Bréfritari: Eiríkur Eiríksson
Viðtakandi: Jón Borgfirðings Jónsson
Dagsetning: A-1859-02-28
Skrifað á: Ormarslóni  N-Þing.
Óvíst

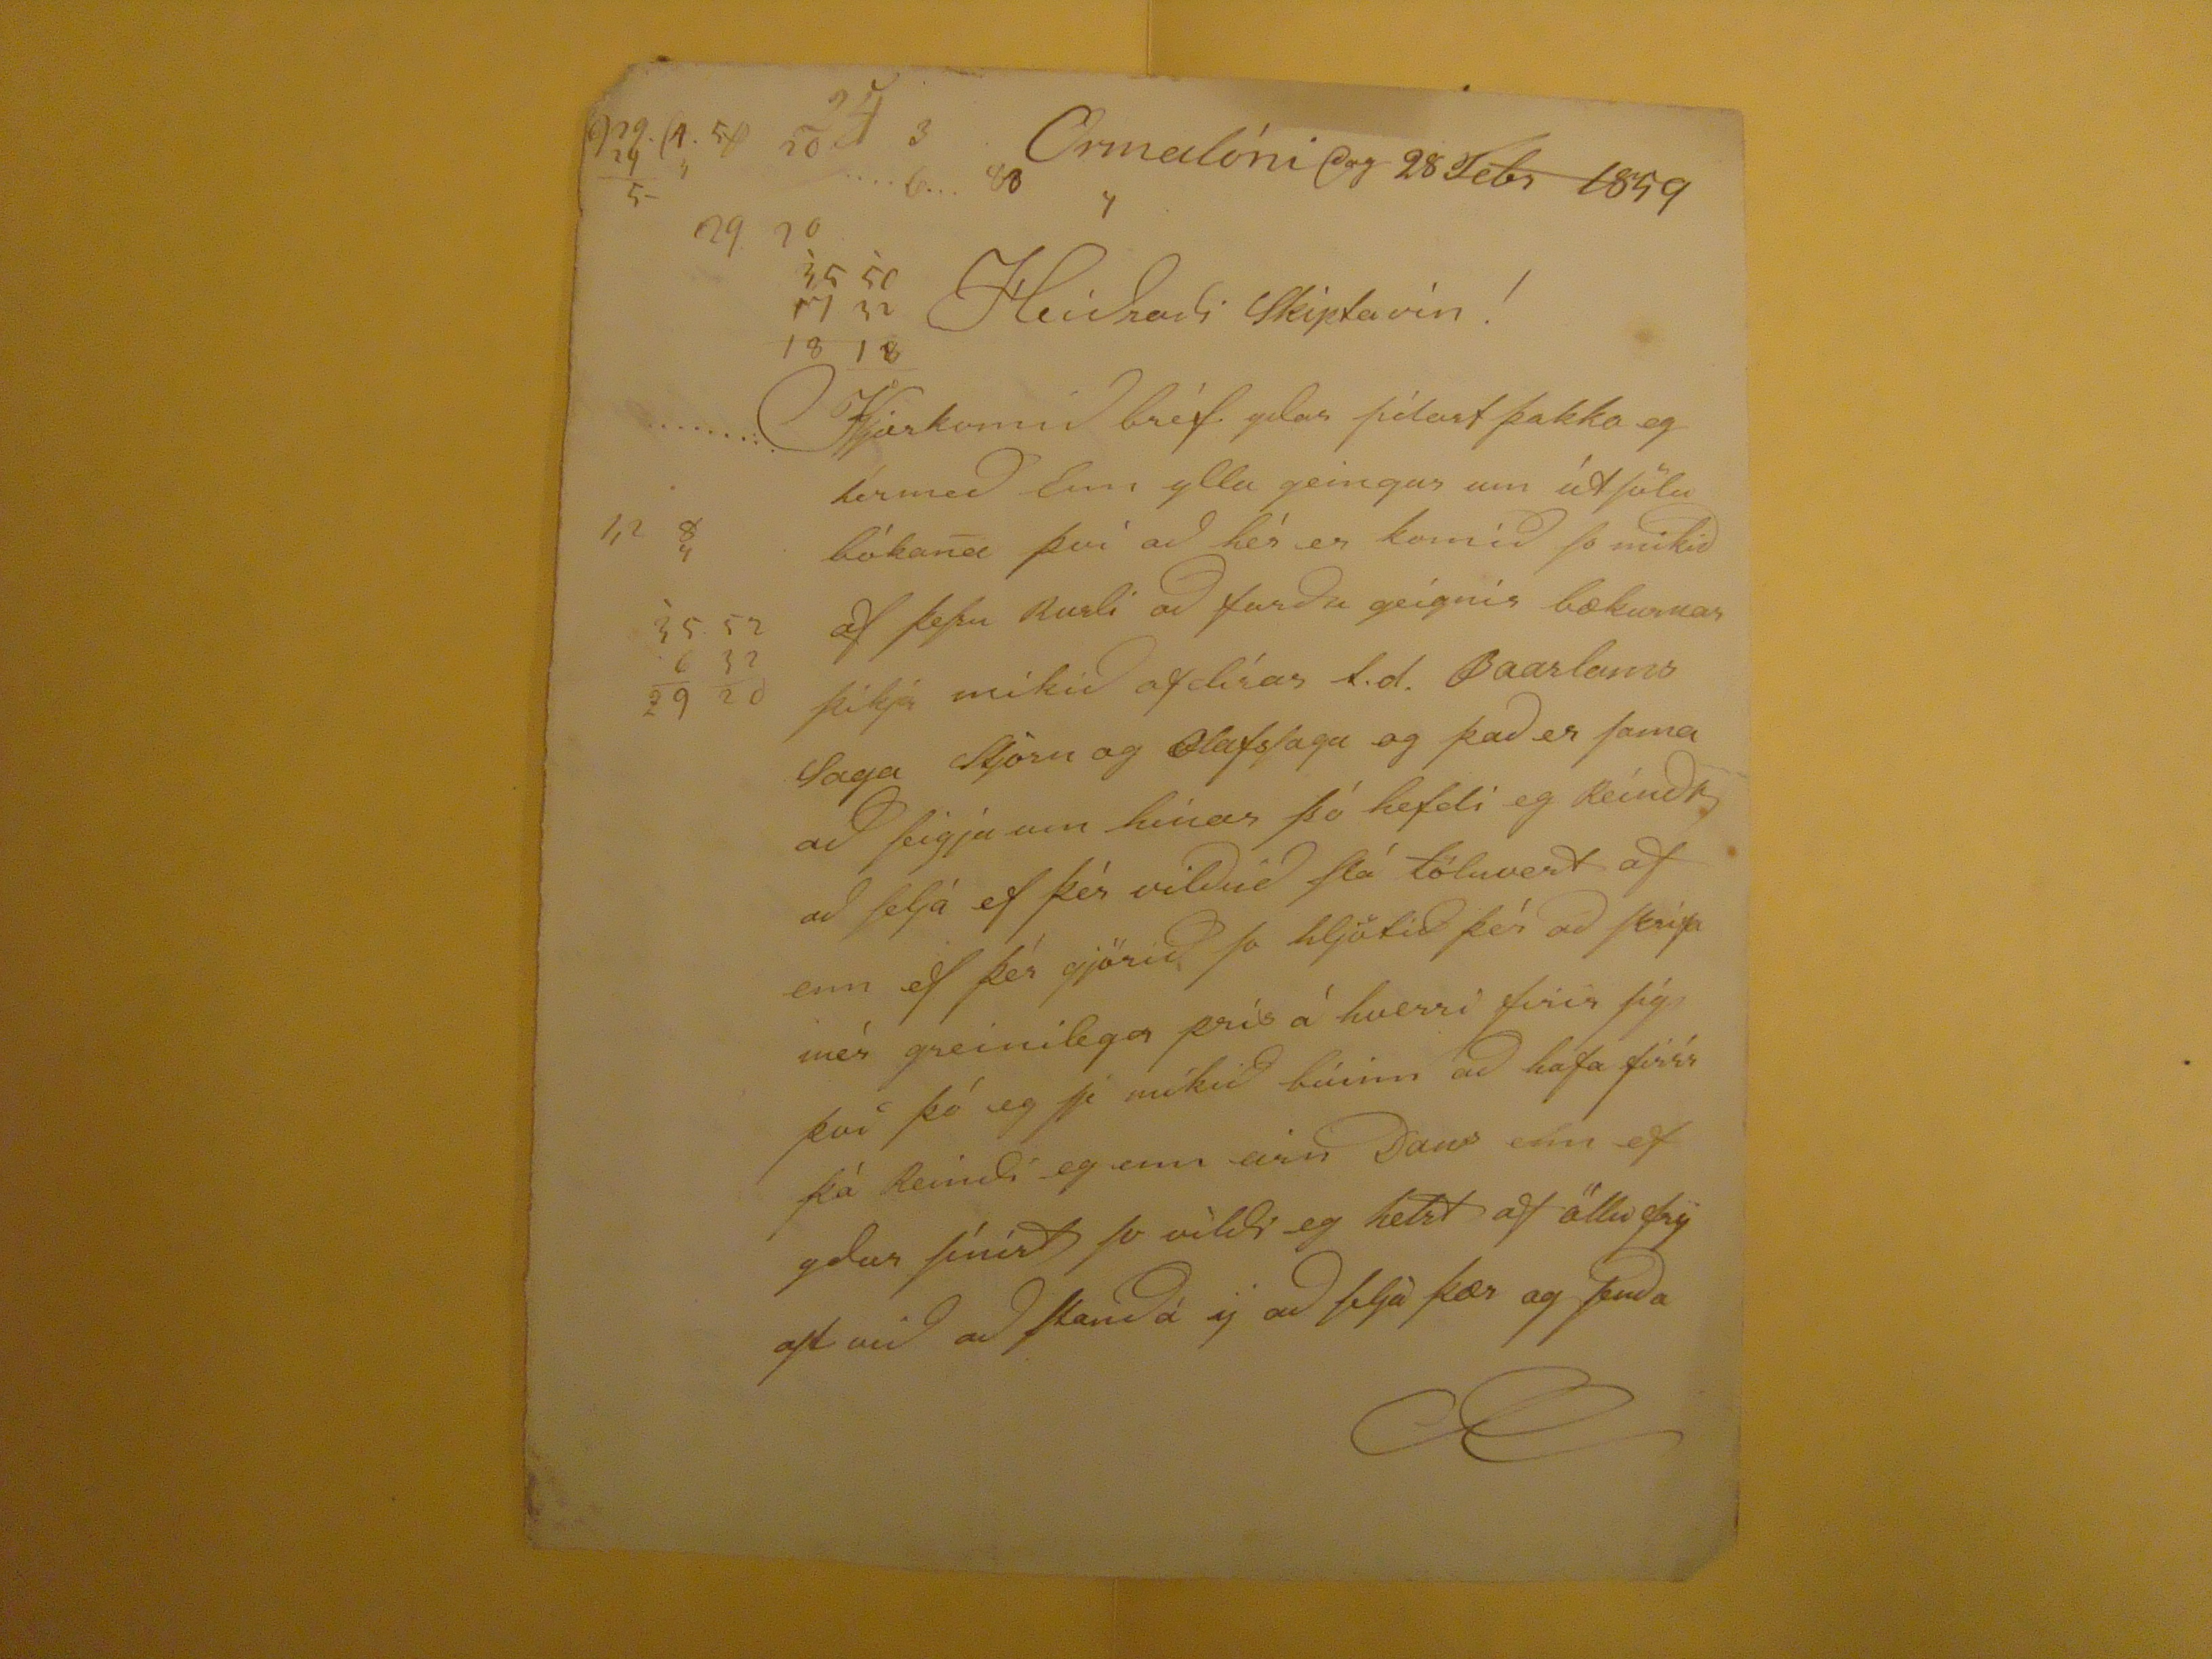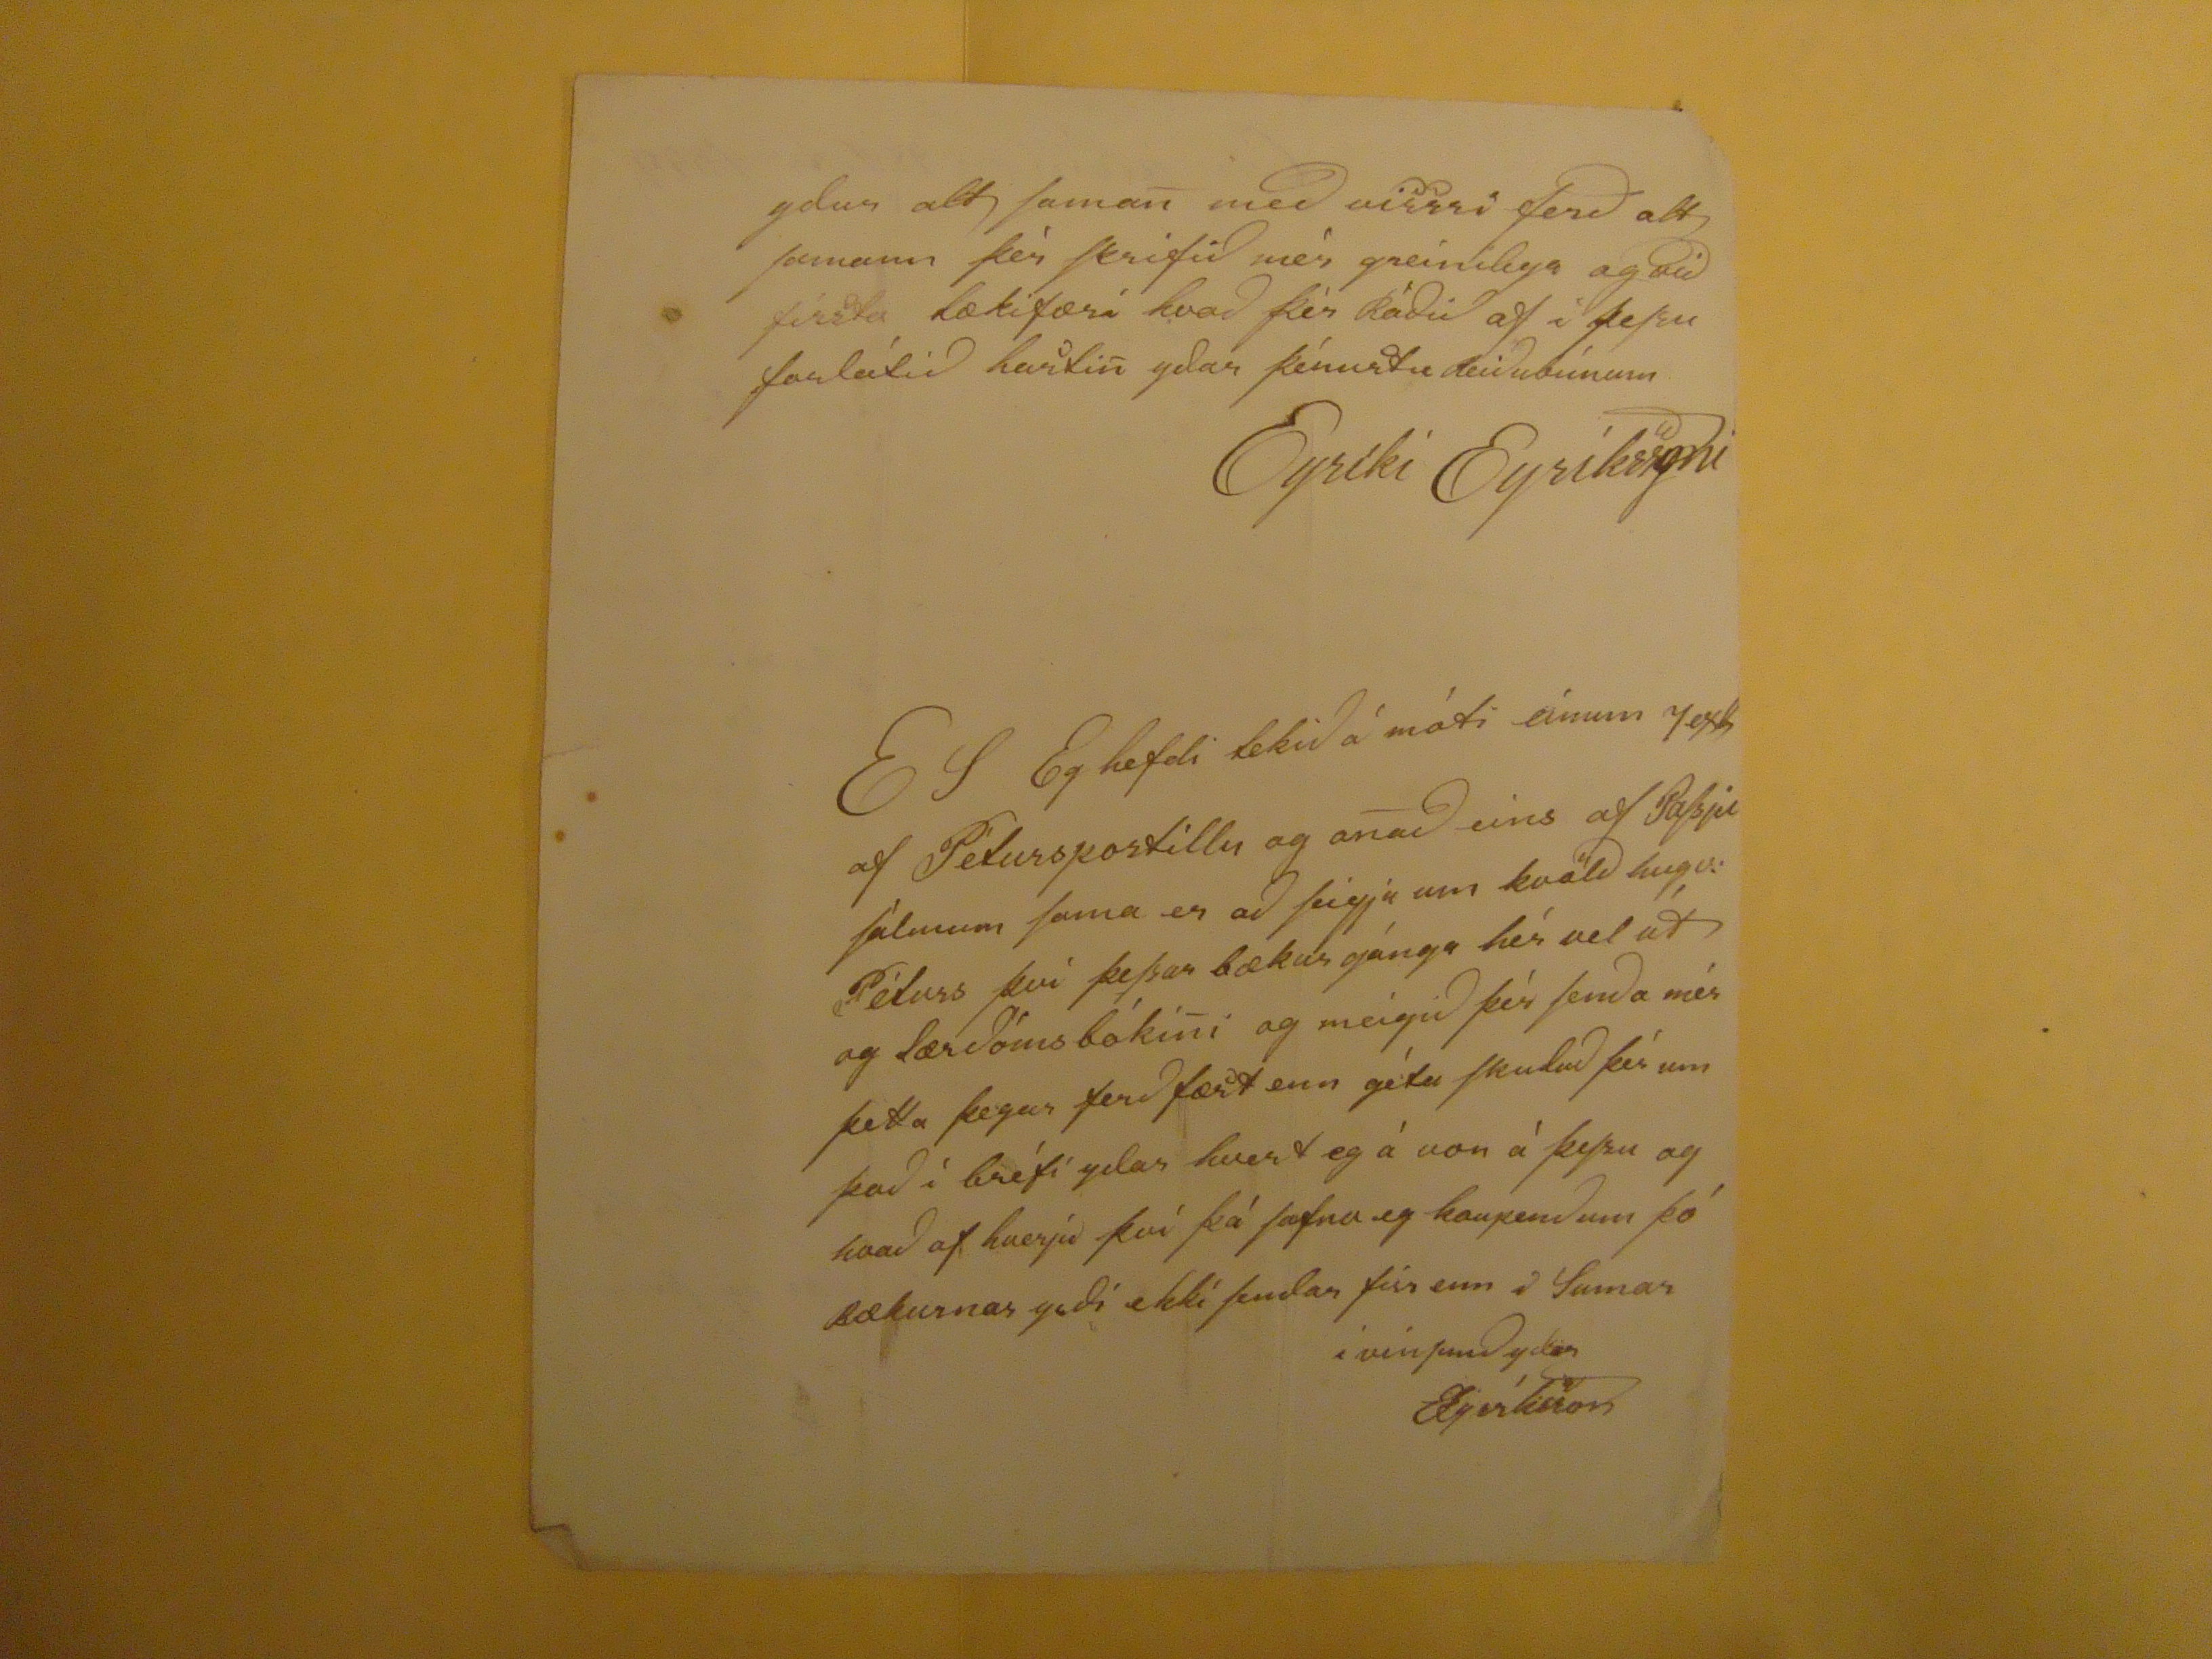

Ormalóni dag 28 Febr 1859
Heiðraði Skiptavín!
Kjærkomið bréf yðar síðast þakka eg hérmeð Enn ylla geingur um útsölu bóa
n
a því að hér er komið so mikið af þessu Rusli að
farðu geígnir
bækurnar þikja mikið ofdírar t.d. Baarlams Saga tjórn og Olafssaga og það er sama að seigja um hinar þó hefði eg
Reínda
að selja ef þér vilðuð flá töluvert af enn ef þér gjörið so hljótið þér að
skrifa
mér greinilega prís á hverri firir sig því þó eg sé mikið búinn að hafa
firrr
þá Reindi eg enn
arn Dans
enn ef yður sínist so vildi eg helst af öllu
fryast
við að standa á ej að telja þær og senda
yður alt sama
n
með
vissri
ferð alt samann þér skrifið mér greinilega og við fírsta tækifæri hvað þér Ráðið af í þessu forlátið hasti
n
yðar þénustu Reiðubúnum
Eyríki Eyríkssyni
ES Eg hefði tekið á móti eínum 7exl af Péturspostillu og a
n
að eins af Passju sálmum sama er að seigja um kvöld hugv: Péturs því þessar bækur gánga hér vel af og lærdómsbóki
n
i og meigið þér senda mér þetta þegar ferð fæst enn gétu skuluð þér um það í bréfi yðar hvert eg á von á þessu og hvað af hverju því þá safna eg kaupendum þó Bækurnar yrði ekki sendar firr enn í Sumar i vinsemd yðar EEyríksson